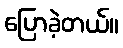
ပြောခဲ့တယ်။